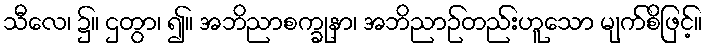
သီလေ၊ ၌။ ဌတွာ၊ ၍။ အဘိညာစက္ခုနာ၊ အဘိညာဉ်တည်းဟူသော မျက်စိဖြင့်။